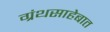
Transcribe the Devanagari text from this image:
ग्रंथसाहेबात